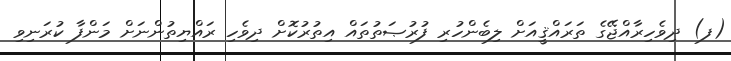
(ފ) ދިވެހިރާއްޖޭގެ ތަރައްޤީއަށް ލިބެންހުރި ފުރުޞަތުތައް އިތުރުކޮށް ދިވެހި ރައްޔިތުންނަށް މަންފާ ކުރަނިވި